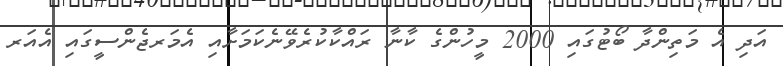
އަދި އެ މަތިންދާ ބޯޓުގައި 2000 މީހުންގެ ކާނާ ރައްކާކުރެވޭނެކަމަށާއި އެމަރޖެންސީގައި އެއަރ